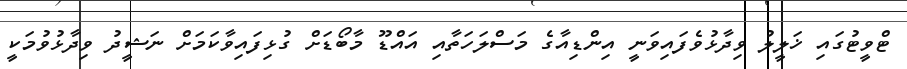
ޓްވީޓުގައި ޚަލީލު ވިދާޅުވެފައިވަނީ އިންޑިއާގެ މަސްލަހަތާއި އައްޑޫ މާބޯޑަށް ގުޅިފައިވާކަމަށް ނަޝީދު ވިދާޅުވުމަކީ